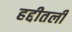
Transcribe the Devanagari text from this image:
हद्दीतली